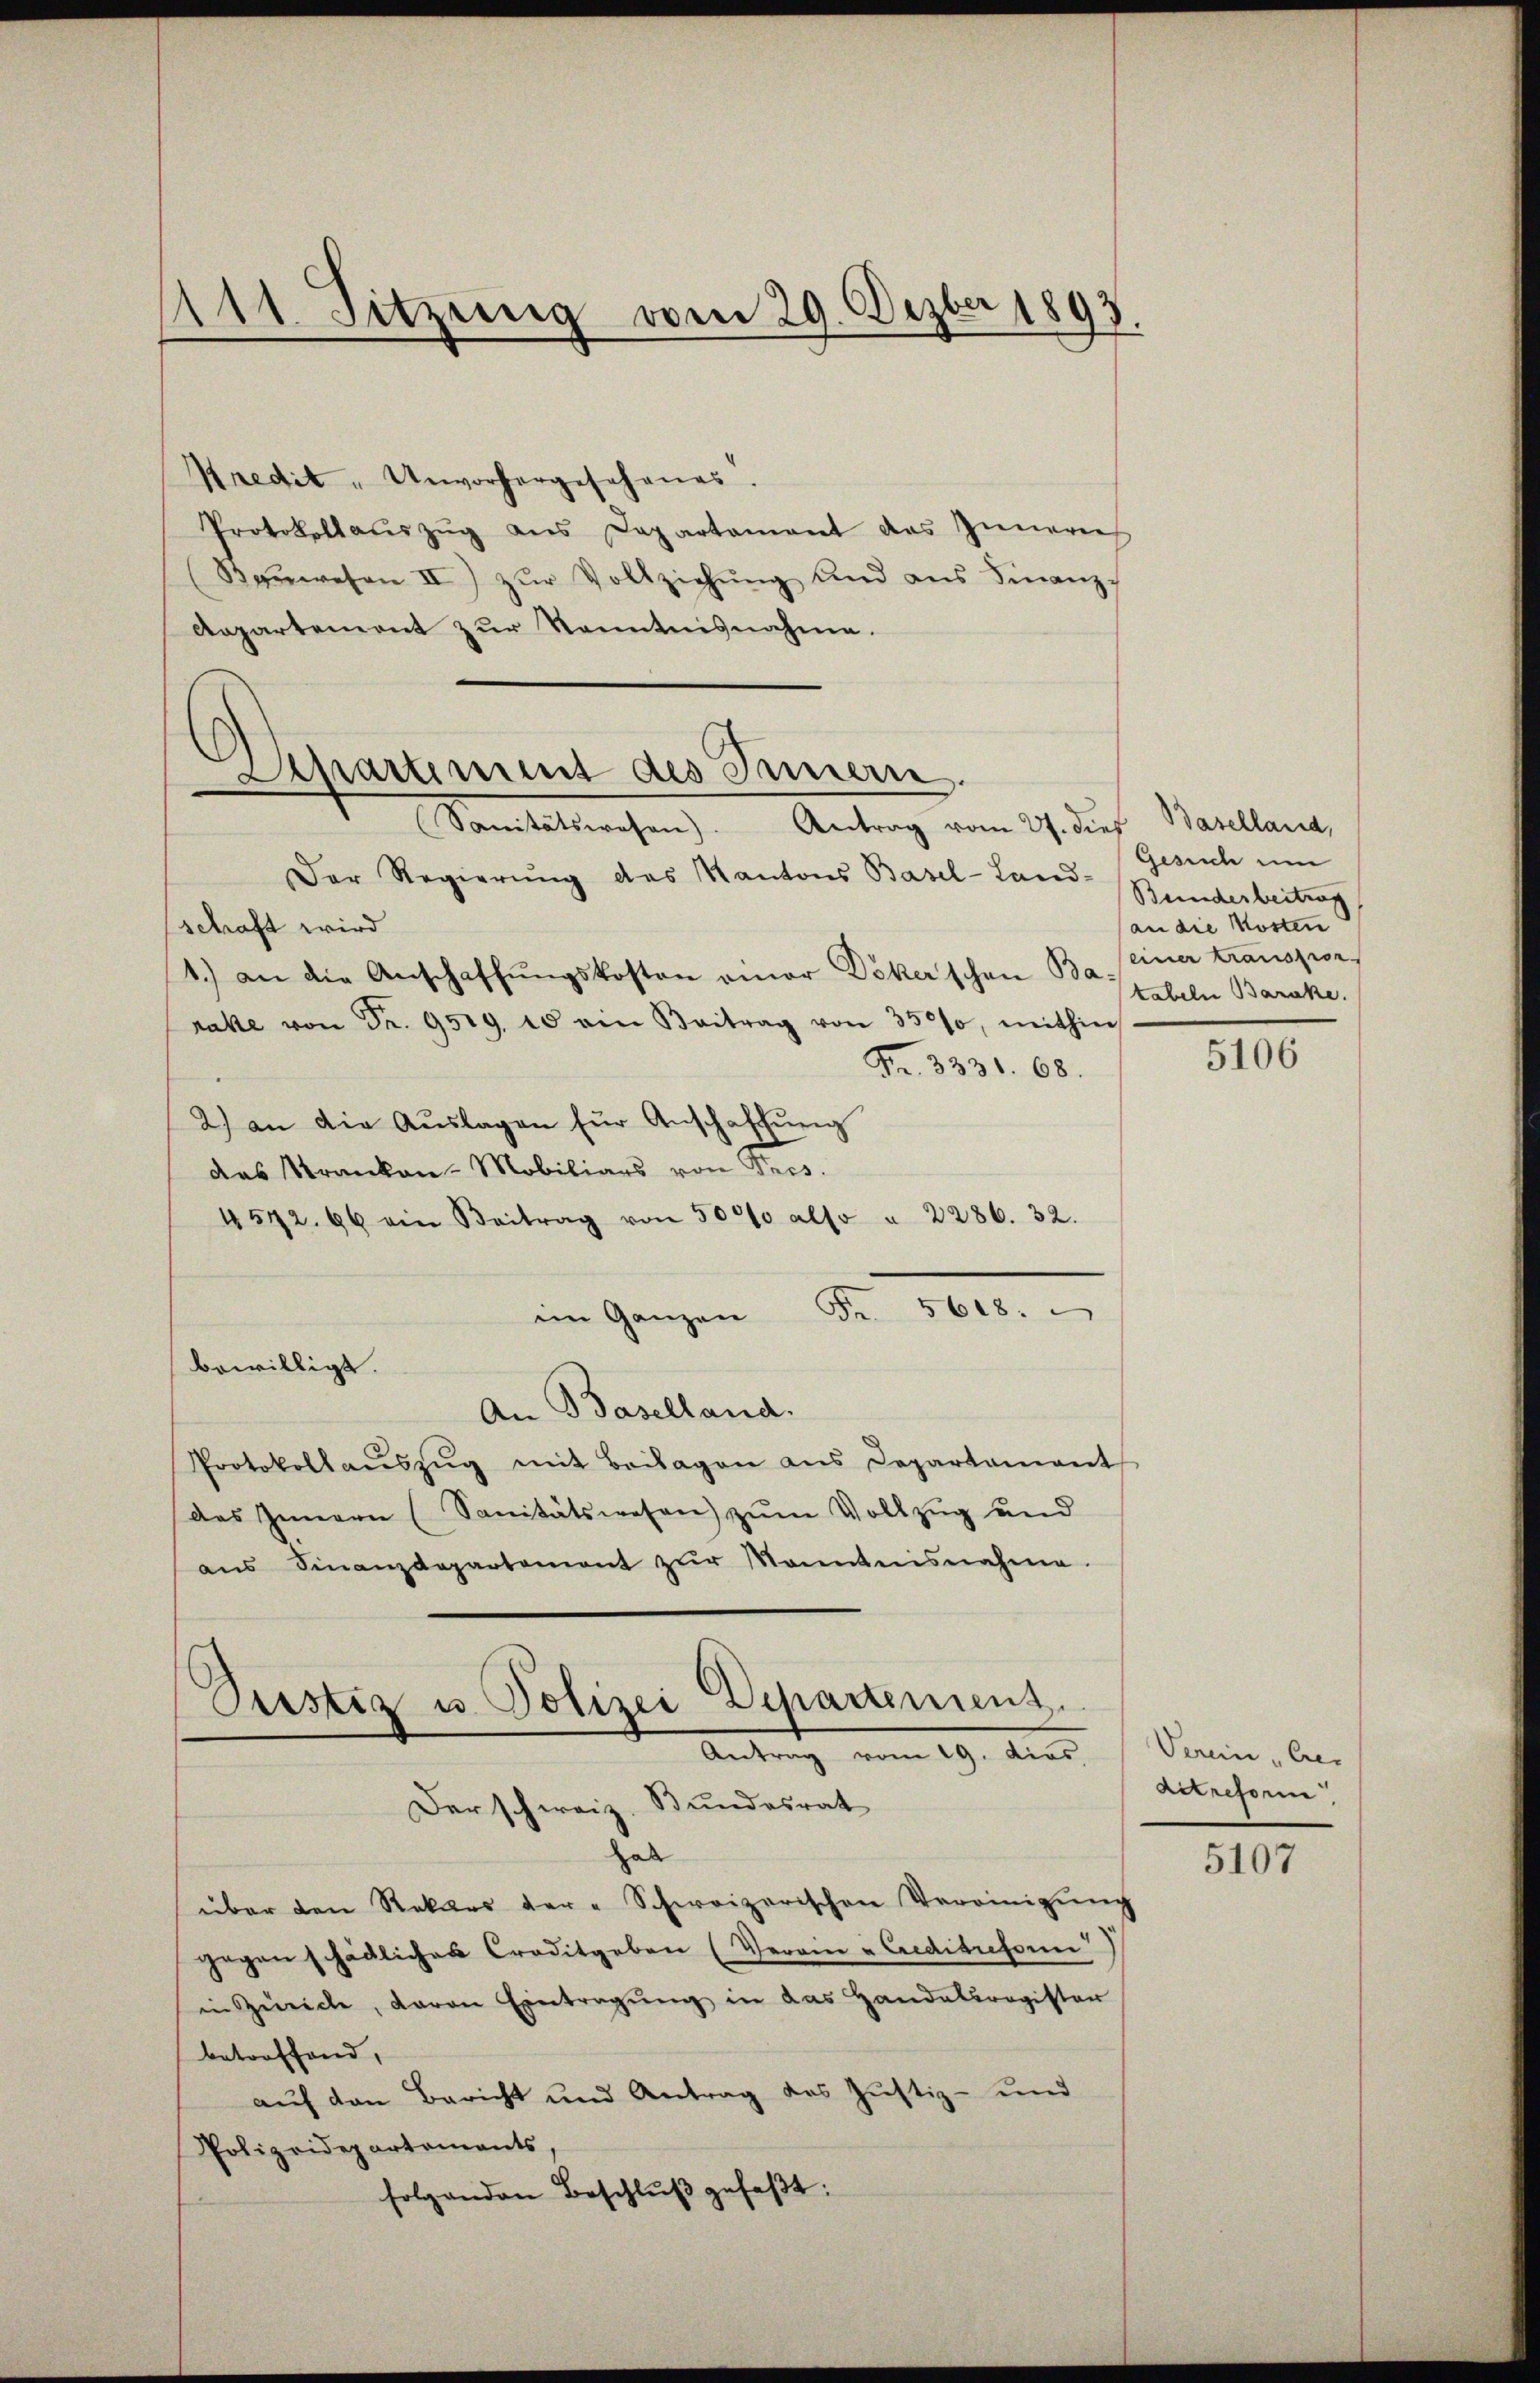
111 Sitzung vom 29. Dezbr 1893

Kredit- Unvorhergesehenes.
Protokollaŭszŭg ans Departament das Innerers
Baŭwesen II) zŭr Vollziehŭng und ans Finanz-
Aepartement zur Kenntnisnahme.

Schartiment des Innern.
Sanitätswesen). Antrag vom 27. dies

Der Regierŭng des Kantons Basel-Land-
schaft wird
1.) an die Anschaffŭngskosten einer Deker'schen Ba-
rate von Fr. 9519. 10 ein Beitrag von 3500, mithin
Fr. 3331. 68.
2.) an die Aŭslagen für Anschaffŭng
das Stranken-Mobiliars von Pres.
4572. 66 ein Beitrag von 5000 also " 2286. 32.
im Ganzen Fr. 5608.
bewilligt.
An Baselland.
Protokollaŭszŭg mit Beilagen ans Departament
das Innern (Sanitätswesen zŭm Vollzug und
aŭs Finanzdepartement zŭr Montnisnahme
Pustiz u. Polizei Departement.
Antrag vom 19. dies
Der schweiz. Bundesrat
hab
über den Rekurs der-Schweizerischen Vereinigŭng
gegen schädliches Croditgeben (Verein - Creditresoin
in Zürich, Baron Eintragŭng in das Handelsregister
betroffend,
auf den Bericht und Antrag des Justiz- und
Polizeidepartements
folgenden Beschlŭβ gefaβt:

Baselland,
Gesuch um
Bunderbeitrag
an die Kosten
einer transproc
tabeln Barake.

5106

Verein „Ger
detreform,

5107